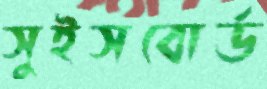
সুইসবোর্ড